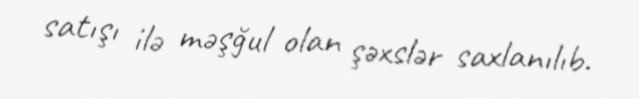
satışı ilə məşğul olan şəxslər saxlanılıb.